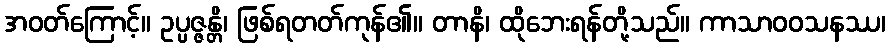
အဝတ်ကြောင့်။ ဥပ္ပဇ္ဇန္တိ၊ ဖြစ်ရတတ်ကုန်၏။ တာနိ၊ ထိုဘေးရန်တို့သည်။ ကာသာဝဝသနဿ၊